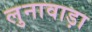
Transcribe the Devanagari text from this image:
लुनावाड़ा